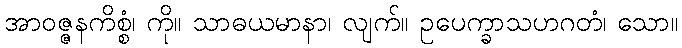
အာဝဇ္ဇနကိစ္စံ၊ ကို။ သာဓယမာနာ၊ လျက်။ ဥပေက္ခာသဟဂတံ၊ သော။